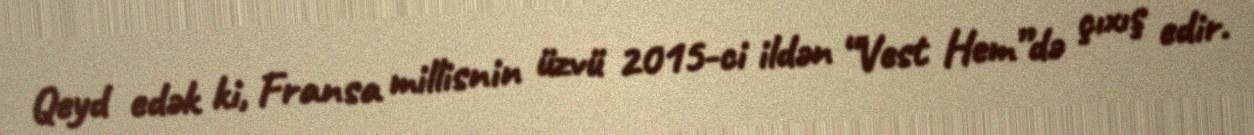
Qeyd edək ki, Fransa millisnin üzvü 2015-ci ildən “Vest Hem”də çıxış edir.